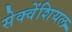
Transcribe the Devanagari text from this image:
सेक्वेंशियल